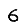
Digit: 6